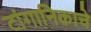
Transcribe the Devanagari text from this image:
टांगानिकाचे